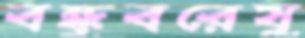
বন্ধুবরেষু